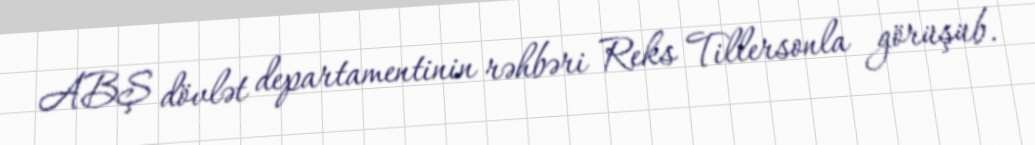
ABŞ dövlət departamentinin rəhbəri Reks Tillersonla görüşüb.